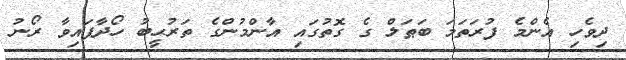
ދިވެހި އެންމެ ފުރަތަމަ ބަޠަލް ގެ ގޮތުގައި އާންމުންގެ ތަރުޙީބު ހޯދާފައިވާ ރޯނު